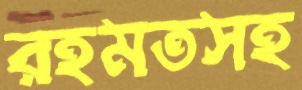
রহমতসহ